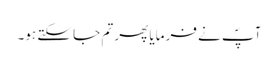
آپؐ نے فرمایا پھر تم جا سکتے ہو۔